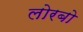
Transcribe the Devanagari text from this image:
लोरबो